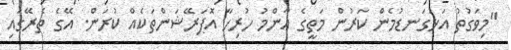
"މިވަގުތު އަޅުގަނޑުމެން ކަރުން މަތީގެ އާންމު ހުރިހާ އޮޕަރޭޝަންތަކެއް ކުރަން. އޭގެ ތެރޭގައި